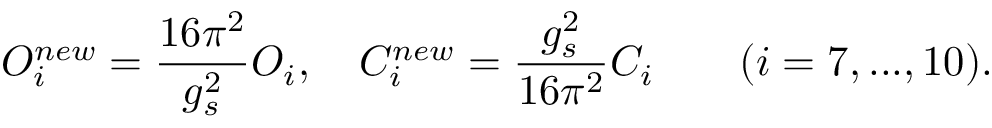
{ \cal O } _ { i } ^ { n e w } = \frac { 1 6 \pi ^ { 2 } } { g _ { s } ^ { 2 } } { \cal O } _ { i } , \quad C _ { i } ^ { n e w } = \frac { g _ { s } ^ { 2 } } { 1 6 \pi ^ { 2 } } C _ { i } \quad \quad ( i = 7 , . . . , 1 0 ) .